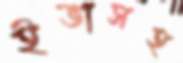
ইভাসহ